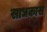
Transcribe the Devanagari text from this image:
साधकास